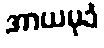
အာယမုခံ